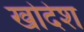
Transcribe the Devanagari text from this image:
खोदेश